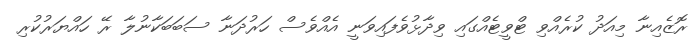
ރޮޒެއިނާ މިއަދު ކުރެއްވި ޓްވީޓެއްގައި ވިދާޅުވެފައިވަނީ އެއްވެސް ހަރުދަނާ ސަބަބަކާނުލާ ރޭ ހައްޔަރުކުރި